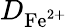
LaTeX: D_{\mathrm{Fe}^{2+}}